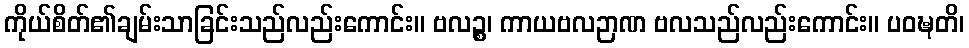
ကိုယ်စိတ်၏ချမ်းသာခြင်းသည်လည်းကောင်း။ ဗလဉ္စ၊ ကာယဗလဉာဏ ဗလသည်လည်းကောင်း။ ပဝဍ္ဎတိ၊